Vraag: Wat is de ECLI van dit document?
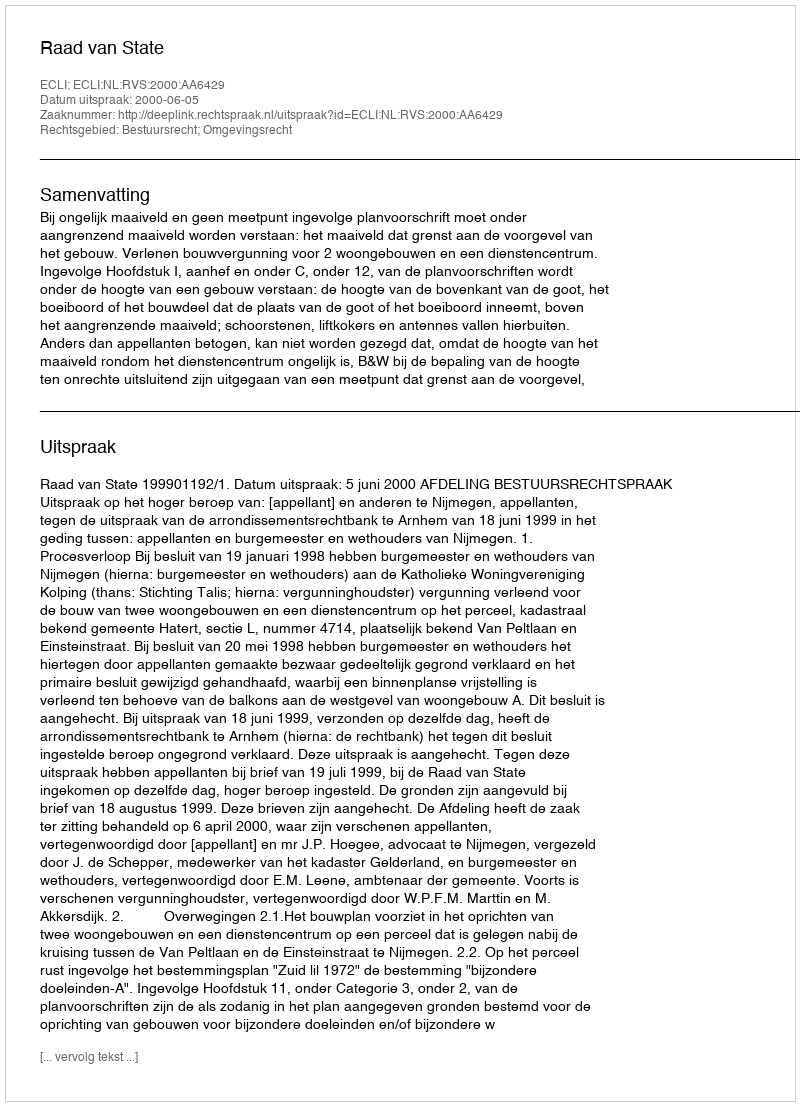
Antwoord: ECLI:NL:RVS:2000:AA6429